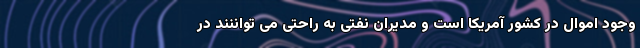
وجود اموال در کشور آمریکا است و مدیران نفتی به راحتی می تواننند در